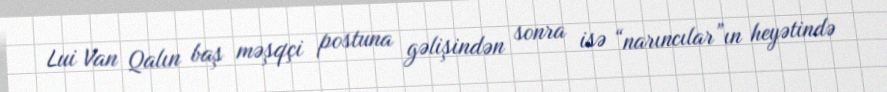
Lui Van Qalın baş məşqçi postuna gəlişindən sonra isə “narıncılar”ın heyətində